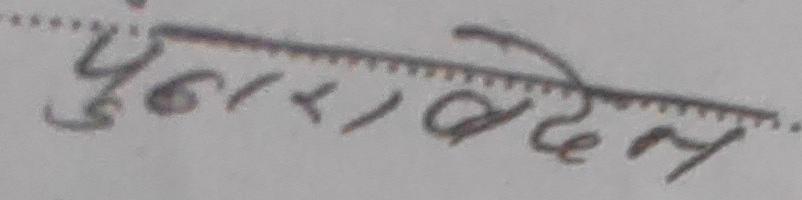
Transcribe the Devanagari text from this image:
पुनरावेदन